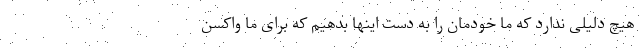
هیچ دلیلی ندارد که ما خودمان را به دست اینها بدهیم که برای ما واکسن